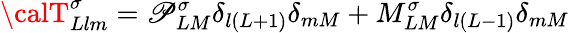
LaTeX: {\calT}_{Llm}^{\sigma}=\mathscr{P}_{LM}^{\sigma}\delta_{l(L+1)}\delta_{mM}+M_{LM}^{\sigma}\delta_{l(L-1)}\delta_{mM}